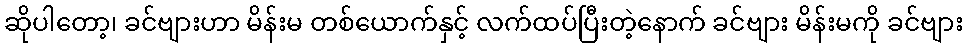
ဆိုပါတော့၊ ခင်ဗျားဟာ မိန်းမ တစ်ယောက်နှင့် လက်ထပ်ပြီးတဲ့နောက် ခင်ဗျား မိန်းမကို ခင်ဗျား